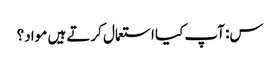
س: آپ کیا استعمال کرتے ہیں مواد؟